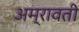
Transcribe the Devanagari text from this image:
अम्रावती